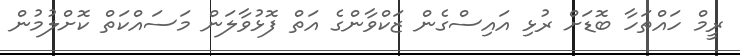
ރީމް ހައްތަހާ ބޮޑަށް ރުޅި އައިސްގެން ޒަކްވާންގެ އަތް ފޮޅުވާލަން މަސައްކަތް ކޮށްލުމުން